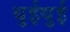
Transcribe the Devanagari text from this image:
थुईथुई